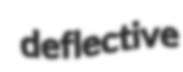
deflective